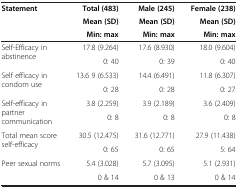
<table><thead><tr><td rowspan="3"><b>Statement</b></td><td><b>Total (483)</b></td><td><b>Male (245)</b></td><td><b>Female (238)</b></td></tr><tr><td><b>Mean (SD)</b></td><td><b>Mean (SD)</b></td><td><b>Mean (SD)</b></td></tr><tr><td><b>Min: max</b></td><td><b>Min: max</b></td><td><b>Min: max</b></td></tr></thead><tbody><tr><td rowspan="2">Self-Efficacy in abstinence</td><td>17.8 (9.264)</td><td>17.6 (8.930)</td><td>18.0 (9.604)</td></tr><tr><td>0: 40</td><td>0: 39</td><td>0: 40</td></tr><tr><td rowspan="2">Self efficacy in condom use</td><td>13.6 9 (6.533)</td><td>14.4 (6.491)</td><td>11.8 (6.307)</td></tr><tr><td>0: 28</td><td>0: 28</td><td>0: 27</td></tr><tr><td rowspan="2">Self-efficacy in partner communication</td><td>3.8 (2.259)</td><td>3.9 (2.189)</td><td>3.6 (2.409)</td></tr><tr><td>0: 8</td><td>0: 8</td><td>0: 8</td></tr><tr><td rowspan="2">Total mean score self-efficacy</td><td>30.5 (12.475)</td><td>31.6 (12.771)</td><td>27.9 (11.438)</td></tr><tr><td>0: 65</td><td>0: 65</td><td>5: 64</td></tr><tr><td rowspan="2">Peer sexual norms</td><td>5.4 (3.028)</td><td>5.7 (3.095)</td><td>5.1 (2.931)</td></tr><tr><td>0 &amp; 14</td><td>0 &amp; 13</td><td>0 &amp; 14</td></tr></tbody></table>